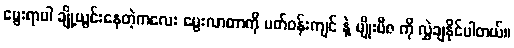
မွေးရာပါ ချို့ယွင်းနေတဲ့ကလေး မွေးလာတာကို ပတ်ဝန်းကျင် နဲ့ မျိုးဗီဇ ကို လွှဲချနိုင်ပါတယ်။